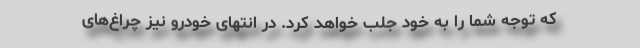
که توجه شما را به خود جلب خواهد کرد. در انتهای خودرو نیز چراغ‌های